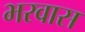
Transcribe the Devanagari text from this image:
भरवास